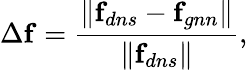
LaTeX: \Delta\mathbf{f}=\frac{\| \mathbf{f}_{dns}-\mathbf{f}_{gnn}\| }{\| \mathbf{f}_{dns}\| },